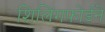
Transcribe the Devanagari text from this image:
शिलिंगफोर्डने